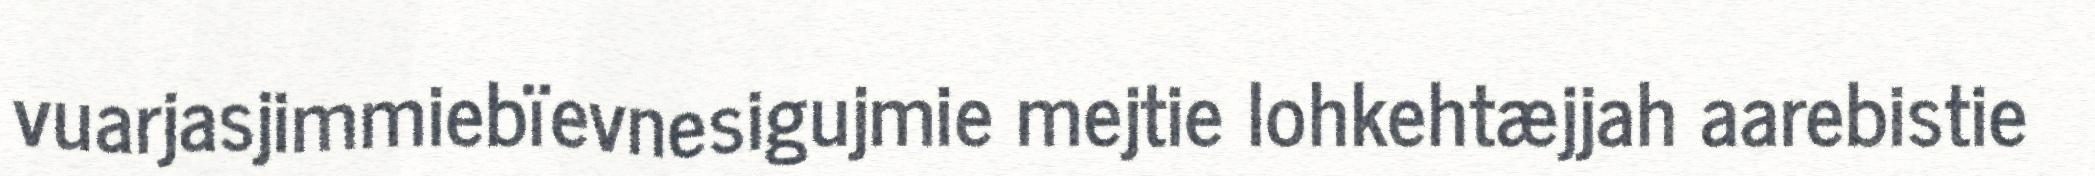
vuarjasjimmiebïevnesigujmie mejtie lohkehtæjjah aarebistie